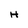
Character: H